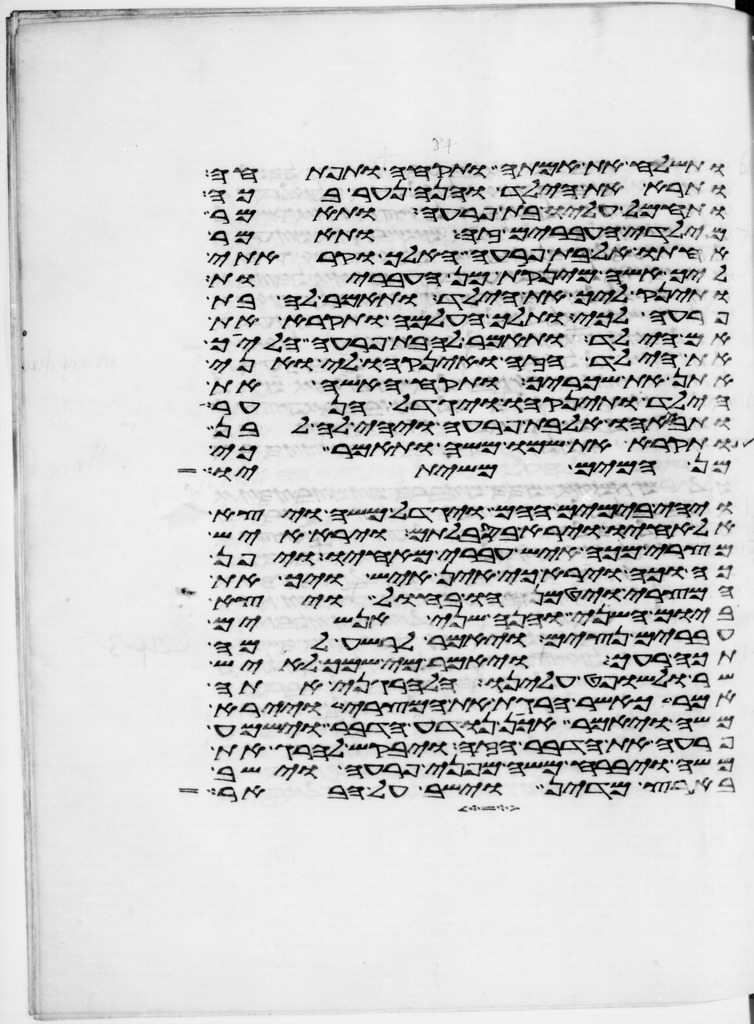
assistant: ותשלח את אמתה ותקחה ותפתחה
ותרא את הילד והנה נער בכה
ותחמל עליו בת פרעה ותאמר
מילדי העברים זה ותאמר
אחותו אל בת פרעה האלך וקראתי
ליך אשה מינקות מן העבריות
ותינק ליך את הילד ותאמר לה בת
פרעה לכי ותלך העלמה ותקרא את
אם הילד ותאמר לה בת פרעה הלכי
את הילד הזה והנקהו לי ואני
אתן את שכריך ותקח האשה את
הילד ותינקהו ויגדל הנער
ותבאהו אל בת פרעה ויהי לה לבן
ותקרא את שמו משה ותאמר כי
מן המים משיתיו
ויהי בימים ההם ויגדל משה ויצא
אל אחיו וירא בסבלותם וירא איש
מצרי מכה איש עברי מאחיו ויפן
כה וכה וירא כי אין איש ויך את
המצרי ויטמנהו בחול ויצא
ביום השני והנה שני אנשים
עברים נצים ויאמר לרשע למה
תכה רעך ויאמר מי שמך לאיש
שר ולשופט עלינו הלהרגני אתה
אמר כאשר הרגת את המצרי ויירא
משה ויאמר אכן נודע הדבר וישמע
פרעה את הדבר הזה ויבקש להרג את
משה ויברח משה מפני פרעה וישב
בארץ מדין וישב על הבאר